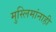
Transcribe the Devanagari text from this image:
मुस्लिमांनाही